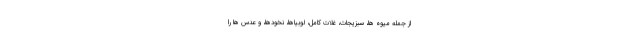
از جمله میوه ها، سبزیجات، غلات کامل، لوبیاها، نخودها، و عدس ها را